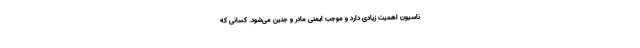
ناسیون اهمیت زیادی دارد و موجب ایمنی مادر و جنین می‌شود. کسانی که